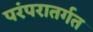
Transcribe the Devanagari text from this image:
परंपरातर्गत